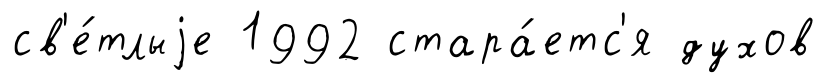
св'е́тлыjе 1992 стара́етс'я духов